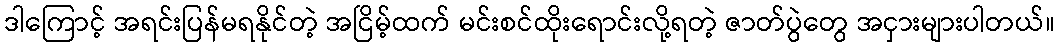
ဒါကြောင့် အရင်းပြန်မရနိုင်တဲ့ အငြိမ့်ထက် မင်းစင်ထိုးရောင်းလို့ရတဲ့ ဇာတ်ပွဲတွေ အငှားများပါတယ်။